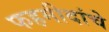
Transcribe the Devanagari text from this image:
फहमीदांचे